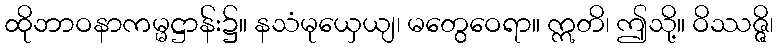
ထိုဘာဝနာကမ္မဋ္ဌာန်း၌။ နသံမုယှေယျ၊ မတွေဝေရာ။ ဣတိ၊ ဤသို့။ ဝိဿဇ္ဇိ၊